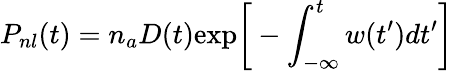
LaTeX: P_{nl}(t)=n_{a}D(t)\mathrm{exp}\bigg[-\int_{-\infty}^{t}w(t^{\prime})dt^{\prime}\bigg]